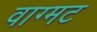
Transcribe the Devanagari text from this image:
वाग्मट